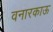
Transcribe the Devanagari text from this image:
वनारकाऊ